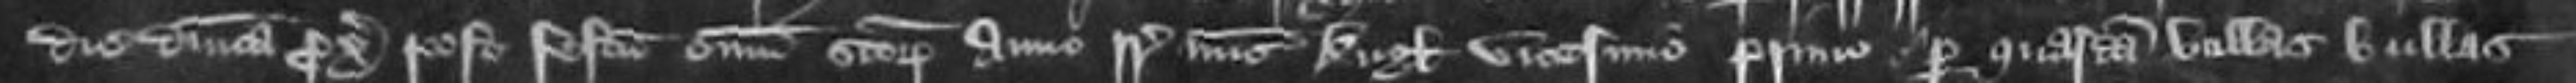
die Dominica proximo post Festum Omnium Sanctorum anno regni Regis nunc Anglie vicesimo primo per quasdam bullas bullas